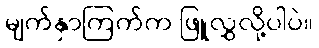
မျက်နှာကြက်က ဖြူလွှလို့ပါပဲ။